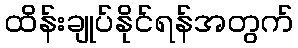
ထိန်းချုပ်နိုင်ရန်အတွက်